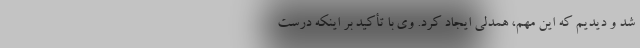
شد و دیدیم که این مهم، همدلی ایجاد کرد. وی با تأکید بر اینکه درست